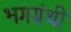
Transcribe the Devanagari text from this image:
भगग्रंथी